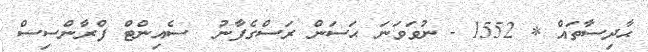
ޙާދިސާތައް * 1552 - ނުވަވަނަ ޙަސަން ރަސްގެފާނު  ސެއިންޓް ފްރާންސިސް